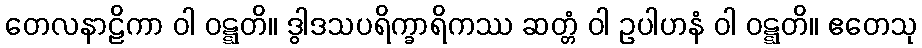
တေလနာဠိကာ ဝါ ဝဋ္ဋတိ။ ဒွါဒသပရိက္ခာရိကဿ ဆတ္တံ ဝါ ဥပါဟနံ ဝါ ဝဋ္ဋတိ။ ဧတေသု